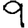
Digit: 9